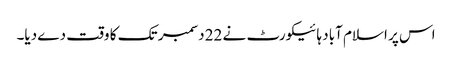
اس پر اسلام آباد ہائیکورٹ نے 22 دسمبر تک کا وقت دے دیا۔